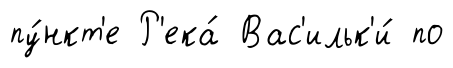
пу́нкт'е Р'ека́ Вас'ильк'и́ по